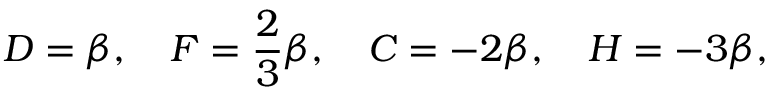
D = \beta , \quad F = \frac { 2 } { 3 } \beta , \quad { \cal C } = - 2 \beta , \quad { \cal H } = - 3 \beta ,